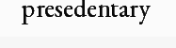
presedentary